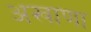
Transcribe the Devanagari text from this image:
अखाणा